Medical and sanitary report on the native army of Bombay for the year
Year: 1879
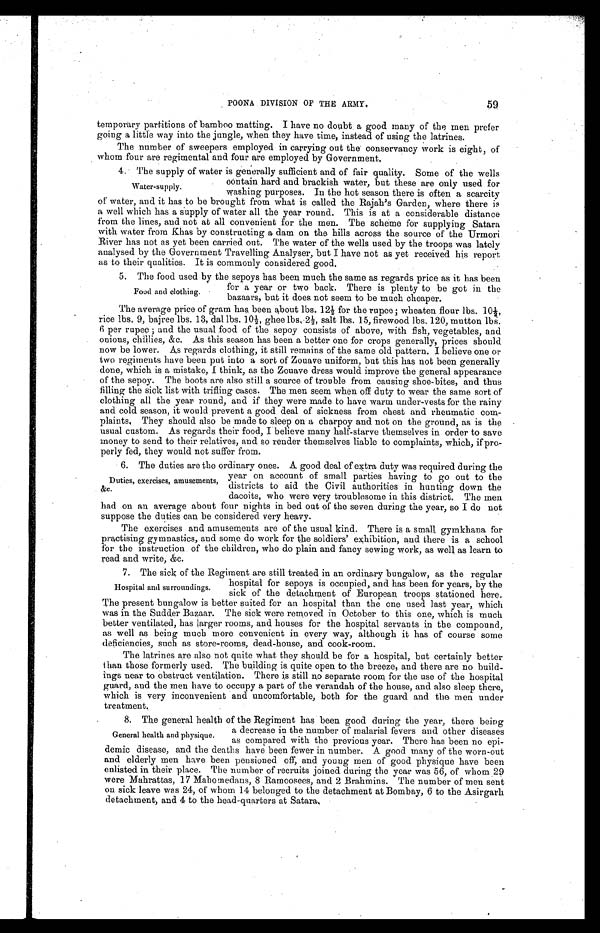
59
POONA DIVISION OF THE ARMY,
temporary partitions of bamboo matting. I have no doubt a good many of the men prefer
going a little way into the jungle, when they have time, instead of using the latrines.
The number of sweepers employed in carrying out the conservancy work is eight, of
whom four are regimental and four are employed by Government,
4. The supply of water is generally sufficient and of fair quality. Some of the wells
contain hard and brackish water, but these are only used for
water-supply.
washing purposes. In the hot season there is often a scarcity
of water, and it has to be brought from what is called the Rajah's Garden, where there is
a we l l wh i c h h a s a s u p p l y o f wa t e r a l l t h e y e a r r o u n d . T h i s i s a t a c o n s i d e r a b l e d i s t a n c e
from the lines, and not at all convenient for the men. The scheme for supplying Satara
with water from Khas by constructing a dam on the hills across the source of the Urmori
River has not as yet been carried out. The water of the wells used by the troops was lately
analysed by the Government Travelling Analyser, but I have not as yet received his report
as to their qualities. It is commonly considered good.
5. The food used by the sepoys has been much the same as regards price as it has been
for a year or two back. There is plenty to be got in the
Food and clothing.
bazaars, but it does not seem to be much cheaper.
The average price of gram has been about lbs. 121/2 for the rupee; wheaten flour lbs. 101/2,
rice lbs. 9, bajree lbs. 13, dal lbs. 101/2 ighee lbs21/2 salt lbs. 15, firewood lbs. 120, mutton
6 per rupee; and the usual food of the sepoy consists of above, with fish, vegetables, and
onions, chillies, &c. As this season has been a better one for crops generally, prices should
now be lower. As regards clothing, it still remains of the same old pattern. I believe one or
two regiments have been put into a sort of Zouave uniform, but this has not been generally
done, which is a mistake, I think, as the Zouave dress would improve the general appearance
of the sepoy. The boots are also still a source of trouble from causing shoe-bites, and thus
filling the sick list with trifling cases. The men seem when off duty to wear the same sort of
clothing all the year round, and if they were made to have warm under-vests for the rainy
and cold season, it would prevent a good deal of sickness from chest and rheumatic com-
plaints, They should also be made to sleep on a charpoy and not on the ground, as is the
usual custom. As regards their food, I believe many half-starve themselves in order to save
money to send to their relatives, and so render themselves liable to complaints, which, if pro-
perly fed, they would not suffer from.
6. The duties are the ordinary ones. A good deal of extra duty was required during the
, year on account of small parties having to go out to the
Duties exercises, amusements, districts to aid the Civil authorities in hunting down the
&C.
dacoits, who were very troublesome in this district. The men
had on an average about four nights in bed out of the seven during the year, so I do not
suppose the duties can be considered very heavy.
The exercises and amusements are of the usual kind. There is a small, gymkhana for
practising gymnastics, and some do work for the soldiers' exhibition, and there is a school
for the instruction of the children, who do plain and fancy sewing work, as well as learn to
read and write, &c.
7. The sick of the Regiment are still treated in an ordinary bungalow, as the regular
hospital for sepoys is occupied, and has been for years, by the
Hospital and surroundings. sick of the detachment of European troops stationed here.
The present bungalow is better suited for an hospital than the one used last year,. which
vas in the Sudder Bazaar. The sick were removed in October to this one, which is much
better ventilated, has larger rooms, and houses for the hospital servants in the compound,
as well as being much more convenient in every way, although it has of course some
deficiencies, such as store-rooms, dead-house, and cook-room.
The latrines are also not quite what they should be for a hospital, but certainly better
than those formerly used. The building is quite open to the breeze, and there are no build-
ings near to obstruct ventilation. There is still no separate room for the use of the hospital
guard, and the men have to occupy a part of the verandah of the house, and also sleep there,
which is very inconvenient and uncomfortable, both for the guard and the. men under
treatment.
8. The general health of the Regiment has been good during the year, there being
a decrease in the number of malarial fevers and other diseases
General health and physique. as compared with the previous year. There has been no epi-
demic disease, and the deaths have been fewer in number. A good many of the worn-out
and elderly men have been pensioned off, and young men of good physique have been
enlisted in their place. The number of recruits joined during the year was 56, of whom 29
were Mahrattas, 17 Mahomedans, 8 Ramoosees, and 2 Brahmins. The number of men sent
on sick leave was 24, of whom 14 belonged to the detachment at Bombay, 6 to the Asirgarh
detachment, and 4 to the head-quarters at Satara.